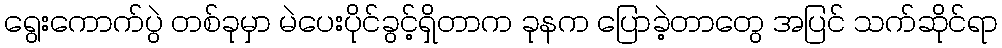
ရွေးကောက်ပွဲ တစ်ခုမှာ မဲပေးပိုင်ခွင့်ရှိတာက ခုနက ပြောခဲ့တာတွေ အပြင် သက်ဆိုင်ရာ